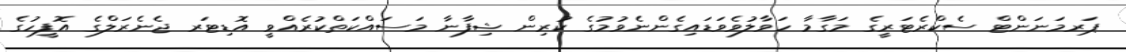
ޕަރމަނަންޓް ސެކްރެޓަރީގެ މަގާމާ ހަވާލުވެވަޑައިގެންނެވުމުގެ ކުރިން ޝިފާނާ މަސައްކަތްކުރެއްވީ އޮޑިޓަރ ޖެނެރަލްގެ އޮފީހުގެ